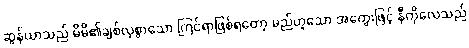
ဆွန်ယာသည် မိမိ၏ချစ်လှစွာသော ကြင်ရာဖြစ်ရတော့ မည်ဟူသော အတွေးဖြင့် နီကိုလေသည်